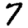
Digit: 7